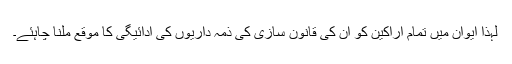
لہذا ایوان میں تمام اراکین کو ان کی قانون سازی کی ذمہ داریوں کی ادائیگی کا موقع ملنا چاہئے۔